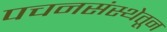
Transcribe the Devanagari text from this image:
पचनसंस्थेतून